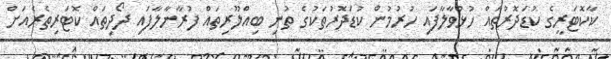
ކާކޮޓަރީގެ ކުޑަދޮރުތައް ހުޅުވާލާފައި ހުރުމުން ކުޑަދޮރުތަކުގެ ތުނި ބިއްލޫރިތައް ފުރާނާލާފައި ދޯދިތައް ކޮޓަރިތެރެއަށް